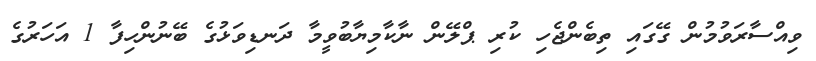
ވިއްސާރަވުމުން ގޭގައި ތިބެންޖެހި ކުރި ޕްލޭން ނާކާމިޔާބުވީމާ ދަނޑިވަޅުގެ ބޭނުންހިފާ 1 އަހަރުގެ